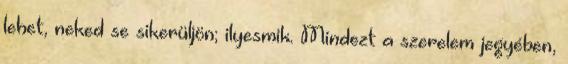
lehet, neked se sikerüljön; ilyesmik. Mindezt a szerelem jegyében,